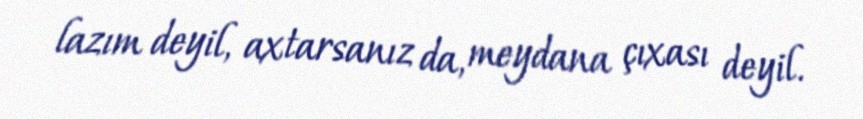
lazım deyil, axtarsanız da, meydana çıxası deyil.